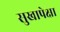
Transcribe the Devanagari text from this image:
सुखापेक्षा